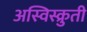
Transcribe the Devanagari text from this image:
अस्विस्क्रुती